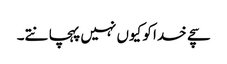
سچے خدا کو کیوں نہیں پہچانتے۔